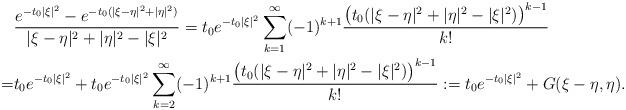
LaTeX: \begin{align*}&\frac{e^{-t_0|\xi|^2}-e^{-t_0(|\xi-\eta|^2+|\eta|^2)}}{|\xi-\eta|^2+|\eta|^2-|\xi|^2}=t_0e^{-t_0|\xi|^2}\sum_{k=1}^\infty(-1)^{k+1}\frac{\big(t_0(|\xi-\eta|^2+|\eta|^2-|\xi|^2)\big)^{k-1}}{k!}\\=&t_0e^{-t_0|\xi|^2}+t_0e^{-t_0|\xi|^2}\sum_{k=2}^\infty(-1)^{k+1}\frac{\big(t_0(|\xi-\eta|^2+|\eta|^2-|\xi|^2)\big)^{k-1}}{k!}:=t_0e^{-t_0|\xi|^2}+G(\xi-\eta,\eta).\end{align*}